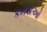
કમરાઓ